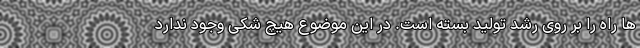
ها راه را بر روی رشد تولید بسته است. در این موضوع هیچ شکی وجود ندارد